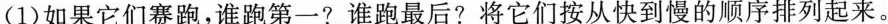
(1)如果它们赛跑，谁跑第一?谁跑最后?将它们按从快到慢的顺序排列起来。